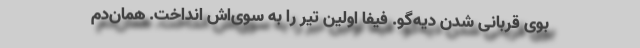
بوی قربانی شدن دیه‌گو. فیفا اولین تیر را به سوی‌اش انداخت. همان‌دم